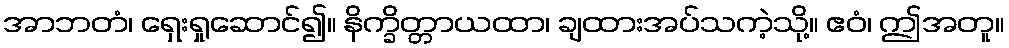
အာဘတံ၊ ရှေးရှုဆောင်၍။ နိက္ခိတ္တာယထာ၊ ချထားအပ်သကဲ့သို့။ ဧဝံ၊ ဤအတူ။